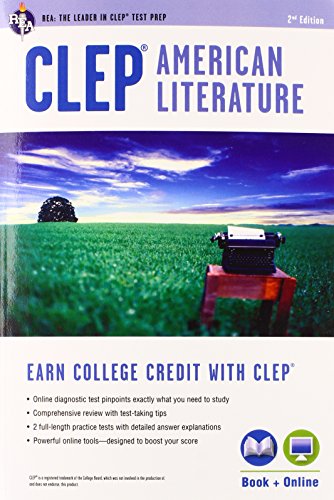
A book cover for CLEPÂ® American Literature Book + Online (College Placement Test Preparation); Jacob Stratman Ph.D.; Test Preparation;